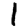
Digit: 1